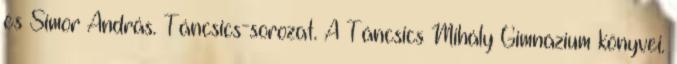
és Simor András. Táncsics-sorozat. A Táncsics Mihály Gimnázium könyvei.